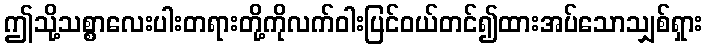
ဤသို့သစ္စာလေးပါးတရားတို့ကိုလက်ဝါးပြင်ဝယ်တင်၍ထားအပ်သောသျှစ်ရှား